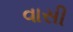
વાસી